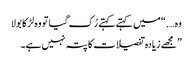
وہ ….“میں کہتے کہتے رُک گیا تو وہ لڑکا بولا
” مجھے زیادہ تفصیلات کا پتہ نہیں ہے۔